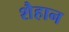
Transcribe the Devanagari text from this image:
शैहान